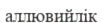
аллювийлік